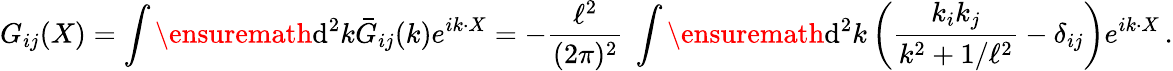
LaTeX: G_{ij}(X)=\int\ensuremath{\operatorname{d}\! {}^{2}}k\bar{G}_{ij}(k)e^{ik\cdot X}=-\frac{\ell^{2}}{(2\pi)^{2}}\ \int\ensuremath{\operatorname{d}\! {}^{2}}k\left(\frac{k_{i}k_{j}}{k^{2}+1/\ell^{2}}-\delta_{ij}\right)e^{ik\cdot X}\, .